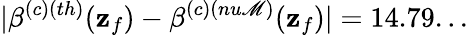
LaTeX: |\beta^{(c)(th)}(\mathbf{z}_{f})-\beta^{(c)(nu\mathscr{M})}(\mathbf{z}_{f})|=14.79...